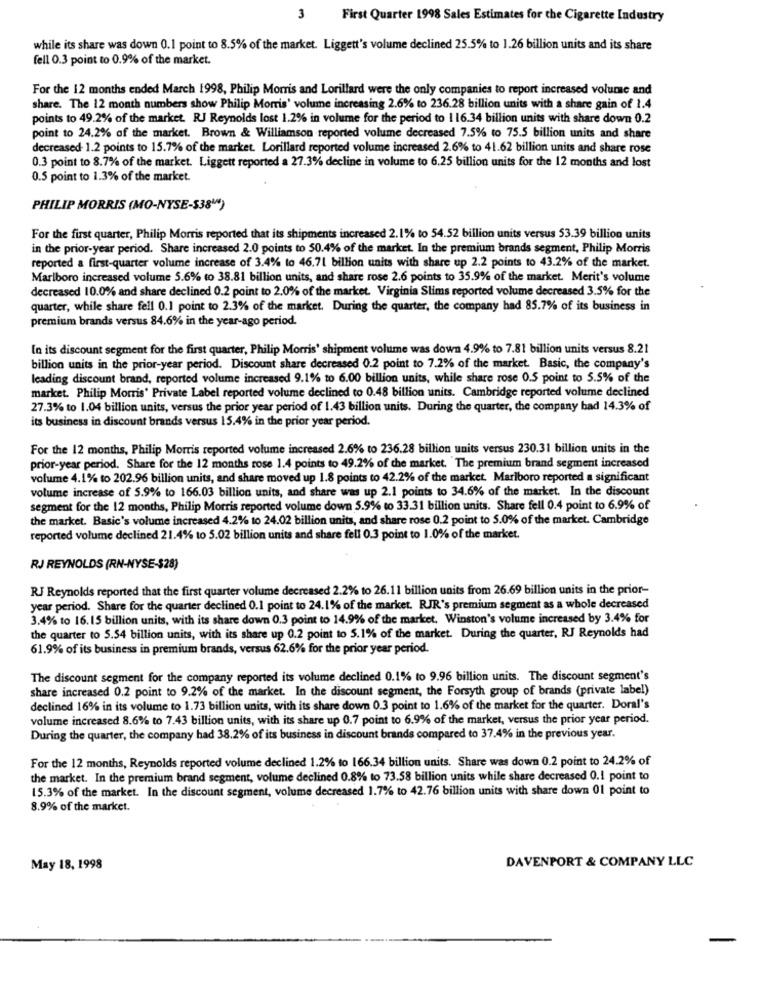
First Quarter 1998 Sales Estimates for the Cigarette Industry
while its share was down 0.1 point to 8.5% of the market. Liggett's volume declined 25.5% to 1.26 billion units and its share
fell 0.3 point to 0.9% of the market.
For the 12 months ended March 1998, Philip Morris and Lorillard were the only companies to report increased volume and
share. The 12 month numbers show Philip Morris' volume increasing 2.6% to 236.28 billion units with a share gain of 1.4
points to 49.2% of the market. RJ Reynolds lost 1.2% in volume for the period to 116.34 billion units with share down 0.2
point to 24.2% of the market. Brown & Williamson reported volume decreased 7.5% to 75.5 billion units and share
decreased 1.2 points to 15.7% of the market. Lorillard reported volume increased 2.6% to 41.62 billion units and share rose
0.3 point to 8.7% of the market. Liggett reported a 27.3% decline in volume to 6.25 billion units for the 12 months and lost
0.5 point to 1.3% of the market.
PHILIP MORRIS (MO-NYSE-S38"")
For the first quarter, Philip Morris reported that its shipments increased 2.1% to 54.52 billion units versus 53.39 billion units
in the prior-year period. Share increased 2.0 points to 50.4% of the market. In the premium brands segment, Philip Morris
reported a first-quarter volume increase of 3.4% to 46.71 billion units with share up 2.2 points to 43.2% of the market.
Marlboro increased volume 5.6% to 38.81 billion units, and share rose 2.6 points to 35.9% of the market. Merit's volume
decreased 10.0% and share declined 0.2 point to 2.0% of the market. Virginia Slims reported volume decreased 3.5% for the
quarter, while share fell 0.1 point to 2.3% of the market. During the quarter, the company had 85.7% of its business in
premium brands versus 84.6% in the year ago period.
In its discount segment for the first quarter, Philip Morris' shipment volume was down 4.9% to 7.81 billion units versus 8.21
billion units in the prior-year period. Discount share decreased 0.2 point to 7.2% of the market. Basic, the company's
leading discount brand, reported volume increased 9.1% to 6.00 billion units, while share rose 0.5 point to 5.5% of the
market. Philip Morris' Private Label reported volume declined to 0.48 billion units. Cambridge reported volume declined
27.3% to 1.04 billion units, versus the prior year period of 1.43 billion units. During the quarter, the company bad 14.3% of
its business in discount brands versus 15.4% in the prior year period.
For the 12 months, Philip Morris reported volume increased 2.6% to 236.28 billion units versus 230.31 billion units in the
prior-year period. Share for the 12 months rose 1.4 points to 49.2% of the market. The premium brand segment increased
volume 4.1% to 202.96 billion units, and share moved up 1.8 points to 42.2% of the market. Marlboro reported a significant
volume increase of 5.9% to 166.03 billion units, and share was up 2.1 points to 34.6% of the market. In the discount
segment for the 12 months, Philip Morris reported volume down 5.9% to 33.31 billion units. Share fell 0.4 point to 6.9% of
the market. Basic's volume increased 4.2% to 24.02 billion units, and share rose 0.2 point to 5.0% of the market. Cambridge
reported volume declined 21.4% to 5.02 billion units and share fell 0.3 point to 1.0% of the market.
RJ REYNOLDS (RN-NYSE-$28)
RJ Reynolds reported that the first quarter volume decreased 2.2% to 26.11 billion units from 26.69 billion units in the prior-
year period. Share for the quarter declined 0.1 point to 24.1% of the market. RJR's premium segment as a whole decreased
3.4% to 16.15 billion units, with its share down 0.3 point to 14.9% of the market. Winston's volume increased by 3.4% for
the quarter to 5.54 billion units, with its share up 0.2 point to 5.1% of the market. During the quarter, RJ Reynolds had
61.9% of its business in premium brands, versus 62.6% for the prior year period.
The discount segment for the company reported its volume declined 0.1% to 9.96 billion units. The discount segment's
share increased 0.2 point to 9.2% of the market. In the discount segment, the Forsyth group of brands (private label)
declined 16% in its volume to 1.73 billion units, with its share down 0.3 point to 1.6% of the market for the quarter. Doral's
volume increased 8.6% to 7.43 billion units, with its share up 0.7 point to 6.9% of the market, versus the prior year period.
During the quarter, the company had 38.2% of its business in discount brands compared to 37.4% in the previous year.
For the 12 months, Reynolds reported volume declined 1.2% to 166.34 billion units. Share was down 0.2 point to 24.2% of
the market. In the premium brand segment, volume declined 0.8% to 73.58 billion units while share decreased 0.1 point to
15.3% of the market. In the discount segment, volume decreased 1.7% to 42.76 billion units with share down 01 point to
8.9% of the market.
DAVENPORT & COMPANY LLC
May 18, 1998